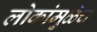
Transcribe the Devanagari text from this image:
लोकांमुळेच